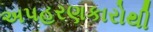
અપહરણકારોથી